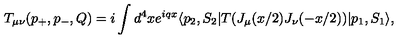
T _ { \mu \nu } ( p _ { + } , p _ { - } , Q ) = i \int d ^ { 4 } x e ^ { i q x } \langle p _ { 2 } , S _ { 2 } | T ( J _ { \mu } ( x / 2 ) J _ { \nu } ( - x / 2 ) ) | p _ { 1 } , S _ { 1 } \rangle ,